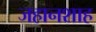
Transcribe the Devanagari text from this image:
जहानशाह